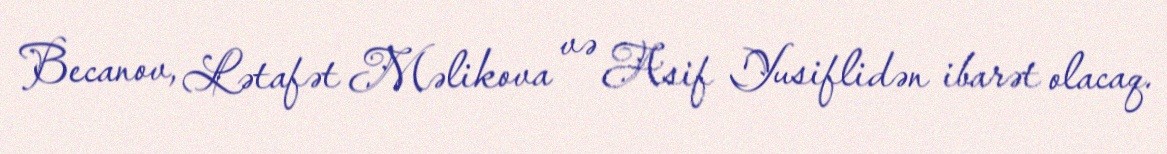
Becanov, Lətafət Məlikova və Asif Yusiflidən ibarət olacaq.